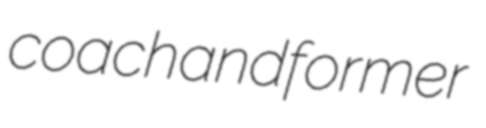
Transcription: coach and former